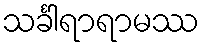
သင်္ခါရာရာမဿ